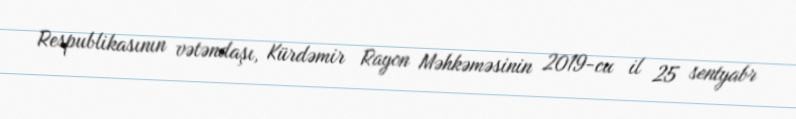
Respublikasının vətəndaşı, Kürdəmir Rayon Məhkəməsinin 2019-cu il 25 sentyabr